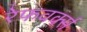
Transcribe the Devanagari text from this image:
रेफवर्क्स